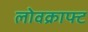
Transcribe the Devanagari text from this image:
लोवक्राफ्ट